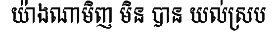
យ៉ាងណាមិញ មិន បាន យល់ស្រប